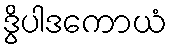
ဒွိပါဒကောယံ